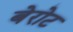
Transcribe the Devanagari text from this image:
बेरोट